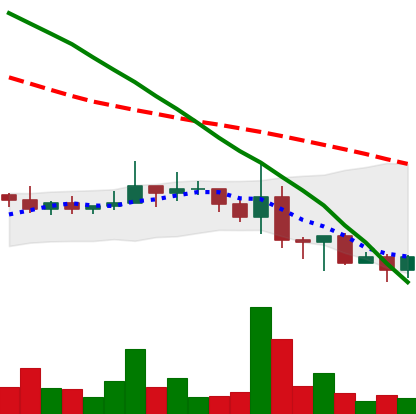
Ticker: NEO-USD
Chart end date: 2022-06-19
Forward return: 6.517%
Label: up_5_7